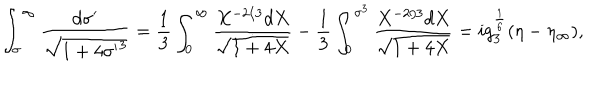
LaTeX: \int _ { \sigma } ^ { \infty } { \frac { d \sigma ^ { \prime } } { \sqrt { 1 + 4 { \sigma ^ { \prime } } ^ { 3 } } } } = { \frac { 1 } { 3 } } \int _ { 0 } ^ { \infty } { \frac { X ^ { - 2 / 3 } d X } { \sqrt { 1 + 4 X } } } - { \frac { 1 } { 3 } } \int _ { 0 } ^ { \sigma ^ { 3 } } { \frac { X ^ { - 2 / 3 } d X } { \sqrt { 1 + 4 X } } } = i g _ { 3 } ^ { \frac { 1 } { 6 } } ( \eta - \eta _ { \infty } ) ,